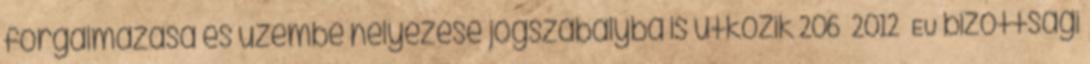
forgalmazása és üzembe helyezése jogszabályba is ütközik 206 2012 EU bizottsági